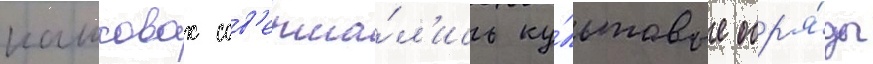
кашковах сов'ерша́л'ись ку́льтовые обр'я́ды